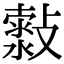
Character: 𣀍